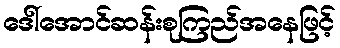
ဒေါ်အောင်ဆန်းစုကြည်အနေဖြင့်